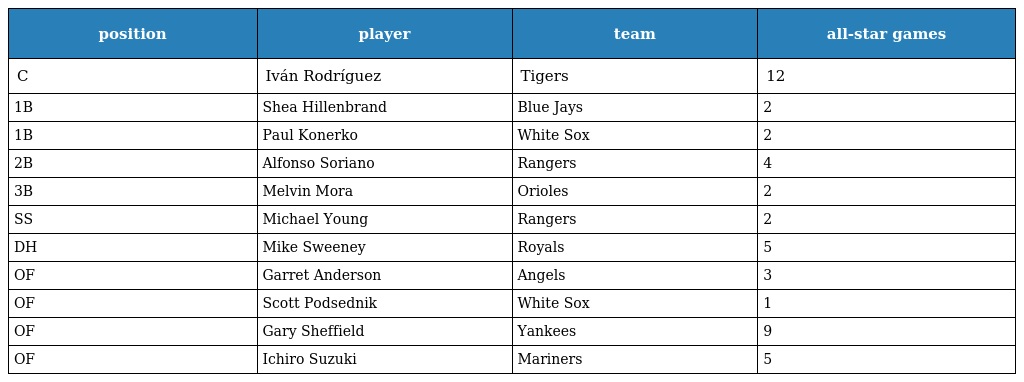
| position | player | team | all-star games |
 | --- | --- | --- | --- |
 | C | Iván Rodríguez | Tigers | 12 |
 | 1B | Shea Hillenbrand | Blue Jays | 2 |
 | 1B | Paul Konerko | White Sox | 2 |
 | 2B | Alfonso Soriano | Rangers | 4 |
 | 3B | Melvin Mora | Orioles | 2 |
 | SS | Michael Young | Rangers | 2 |
 | DH | Mike Sweeney | Royals | 5 |
 | OF | Garret Anderson | Angels | 3 |
 | OF | Scott Podsednik | White Sox | 1 |
 | OF | Gary Sheffield | Yankees | 9 |
 | OF | Ichiro Suzuki | Mariners | 5 |